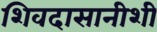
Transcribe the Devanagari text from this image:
शिवदासानीशी